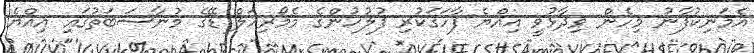
އެމަނިކުފާނު މިހެން ވިދާޅުވީ އިއްޔެ ފާހަގަކުރި ފުލުހުންގެ މެމޯރިއަލް ޑޭގެ މުނާސަބަތުގައި އިއްޔެ